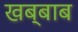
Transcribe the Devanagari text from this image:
खब्बाब